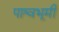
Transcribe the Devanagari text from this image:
पाश्वभूमी